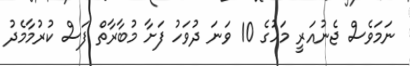
ނަމަވެސް ޖެނުއަރީ މަހުގެ 10 ވަނަ ދުވަހު ފަށާ މުބާރާތް ފަސް ކުރުމާމެދު